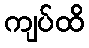
ကျပ်ထိ